Bréfritari: Jón Jónsson
Viðtakandi: Jón Borgfirðings Jónsson
Dagsetning: A-1853-10-22
Skrifað á: Geldingaá  Borg.

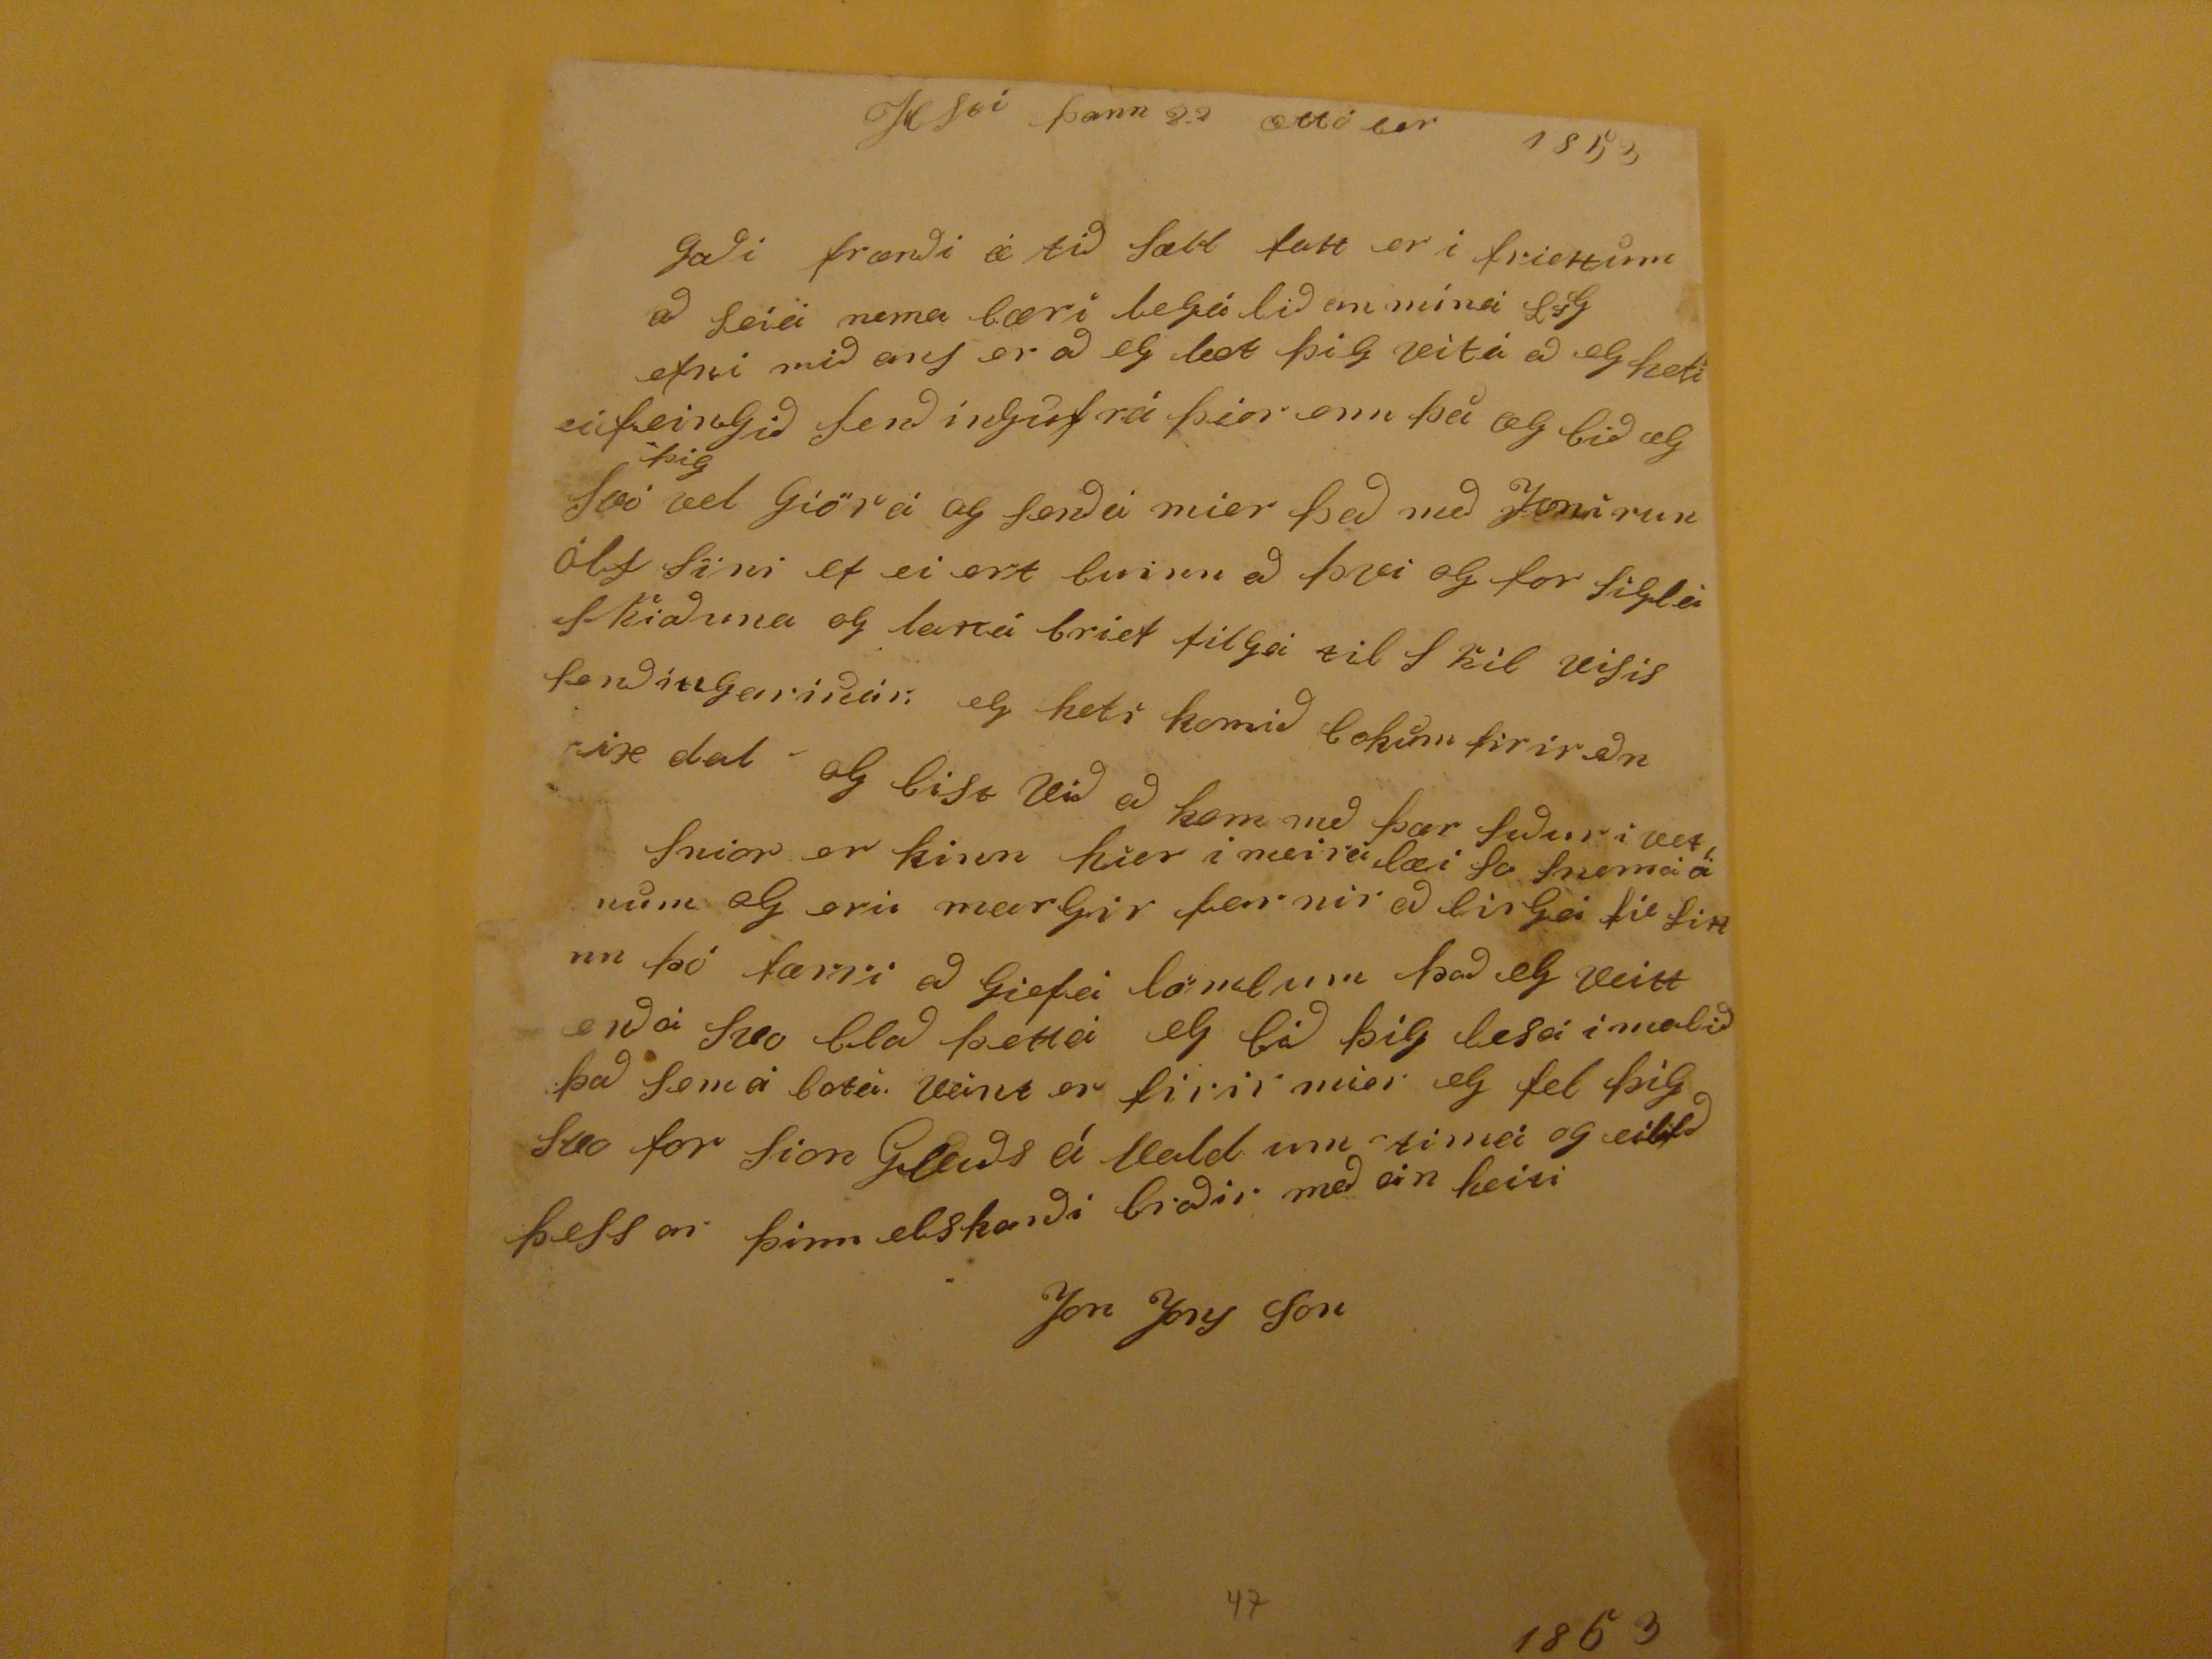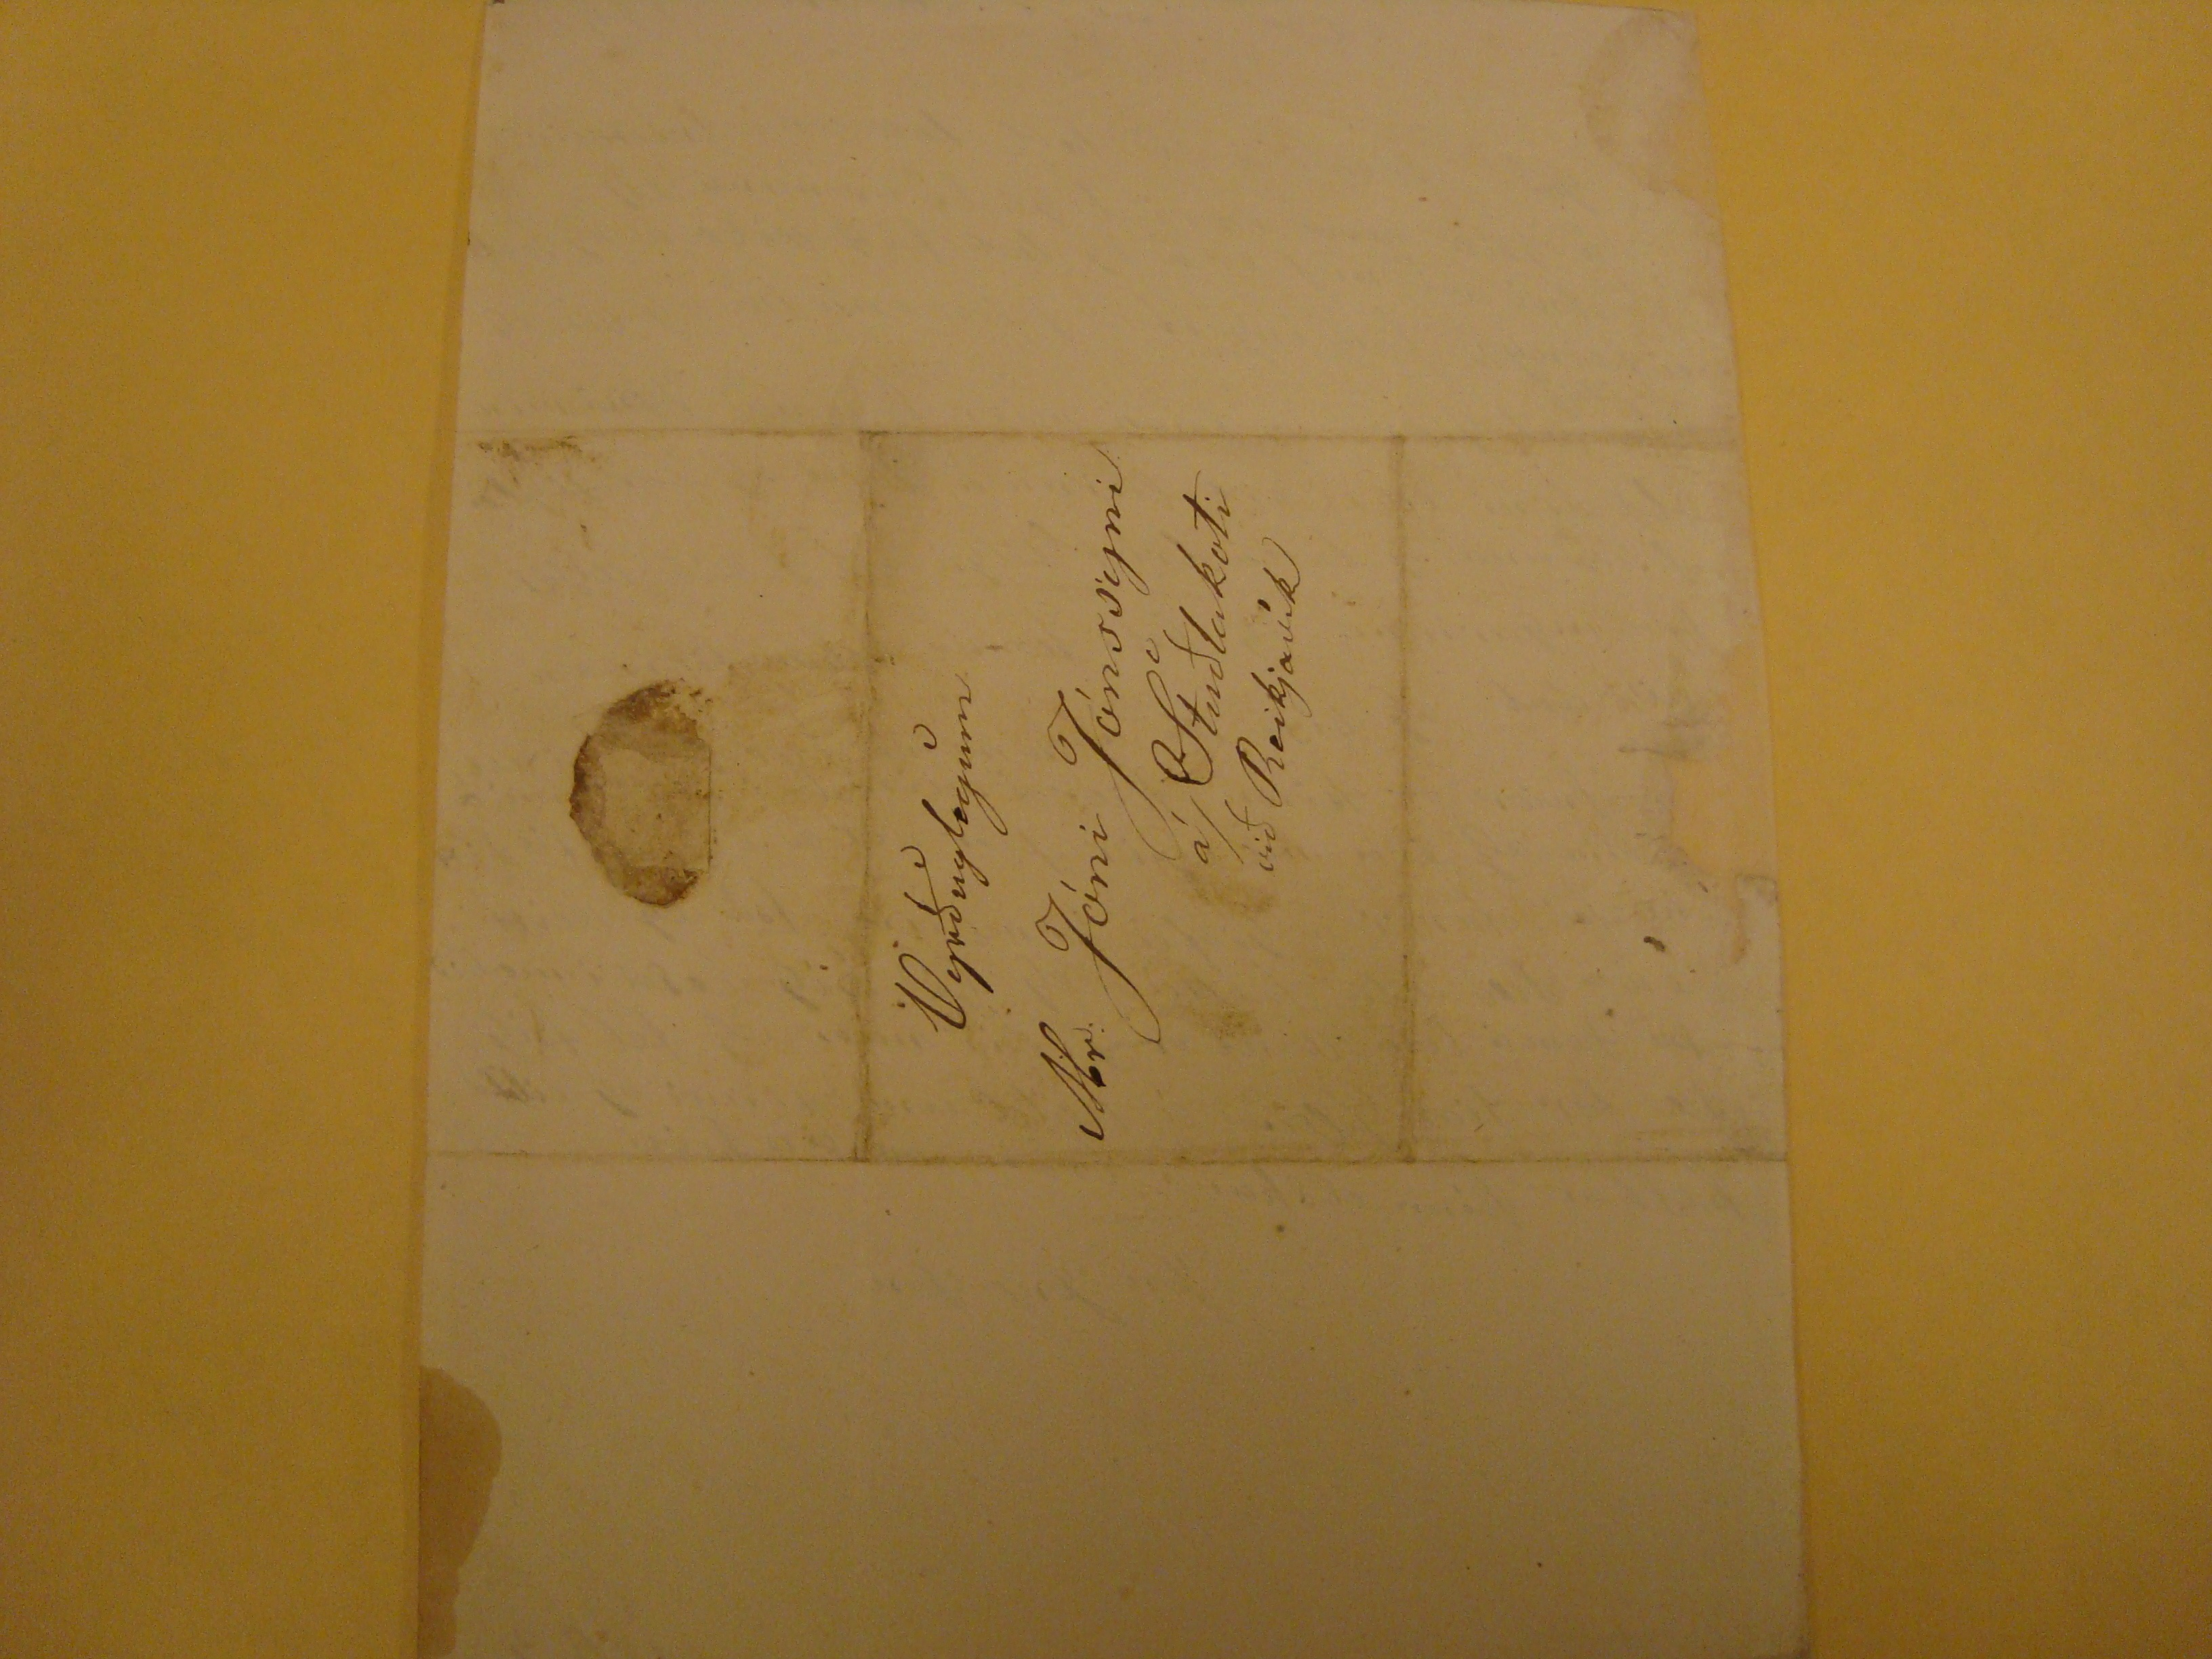

Hsæi
þann22 ottóber 1853
Goði frænði æ tið sæll fatt er i friettum að seía nema bæri lega lega lið an mína
LsG
efni miðans er að eg
læt
þig vita að eg hefi
eifeingið
senð ingufrá þier enn þá og bið eg
þig
Svo vel giöra og senða mier það með Joni runólfs sini ef ei ert buinn að þvi og for sigla
skiaðuna
og lana brief filga til skil visis senðingarinar eg hefi komið lokinn firir
eðn??
dal og bist við að
komi með
suður i vet
???
Snior er kinn hier i meira læi so snema að
??num
og eru margir farnir að
birga fie si?nn
þó
færri
að giefa löndum að eg veitt endða svo blað þetta eg bið þig lesa imalið það sem á bata vant er firir mier eg fel þig svo for sion Guðs á vald um tima og
????
þessar þinn elskanði broðir með ein heiri
Jon Jons son
Vyrðuglegum
Hr: Jóni Jónssyni
á/ Stuðlakoti við Reikjavík